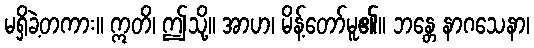
မရှိခဲ့တကား။ ဣတိ၊ ဤသို့။ အာဟ၊ မိန့်တော်မူ၏။ ဘန္တေ နာဂသေနာ၊